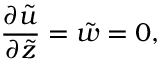
\frac { \partial \tilde { u } } { \partial \tilde { z } } = \tilde { w } = 0 ,